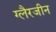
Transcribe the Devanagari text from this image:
ग्लैरजीन